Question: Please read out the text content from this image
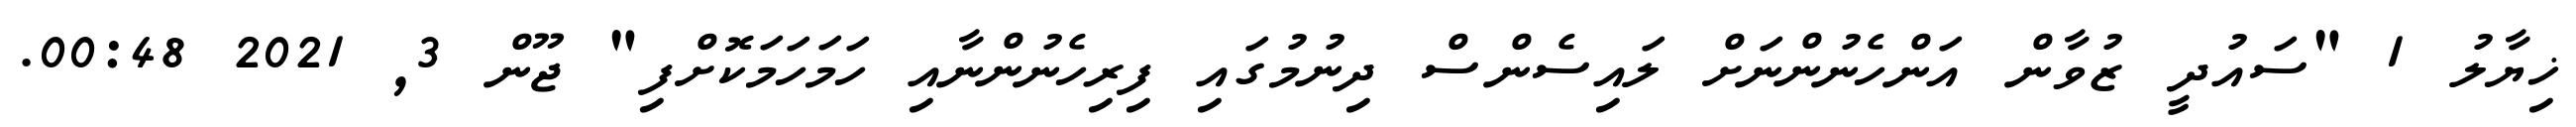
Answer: ޚިޔާލު 1 "ސައުދީ ޒުވާން އަންހެނުންނަށް ލައިސެންސް ދިނުމުގައި ފިރިހެނުންނާއި ހަމަހަމަކޮށްފި" ޖޫން 3, 2021 00:48.